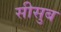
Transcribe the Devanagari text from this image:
सीसुब